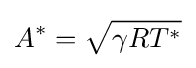
A^{*}={\sqrt {\gamma RT^{*}}}